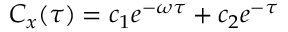
C _ { x } ( \tau ) = c _ { 1 } e ^ { - \omega \tau } + c _ { 2 } e ^ { - \tau }